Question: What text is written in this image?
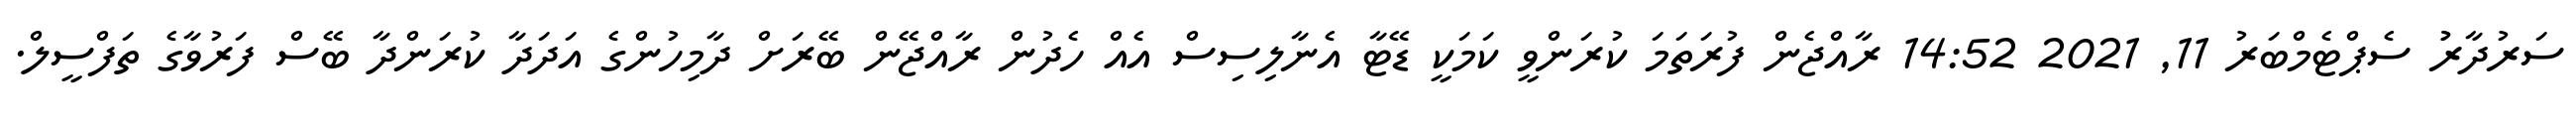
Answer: ސަރުދާރުު ސެޕްޓެމްބަރު 11, 2021 14:52 ރާއްޖެން ފުރަތަމަ ކުރަންވީ ކަމަކީ ޑޭޓާ އެނާލިސިސް އެއް ހެދުން ރާއްޖޭން ބޭރަށް ދާމިހުންގެ އަދަދާ ކުރަންދާ ބޭސް ފަރުވާގެ ތަފްސީލް.